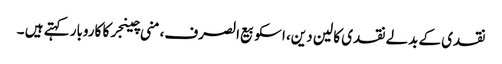
نقدی کے بدلے نقدی کا لین دین، اسکو بیع الصرف،منی چینجرکا کاروبار کہتے ہیں ۔